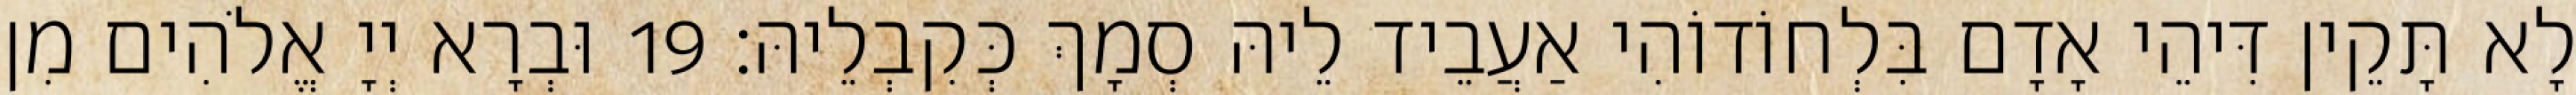
לָא תָּקֵין דִּיהֵי אָדָם בִּלְחוֹדוֹהִי אַעֲבֵיד לֵיהּ סְמָךְ כְּקִבְלֵיהּ׃ 19 וּבְרָא יְיָ אֱלֹהִים מִן